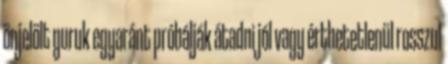
önjelölt guruk egyaránt próbálják átadni jól vagy érthetetlenül rosszul